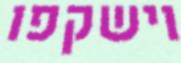
וישקפו